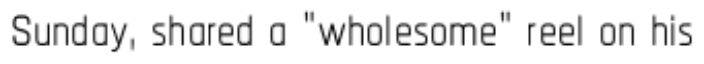
Sunday, shared a "wholesome" reel on his